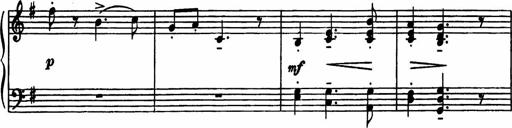
Title: Sonatilla
Composer: Mortimer Wilson
Key: C major